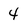
Character: 4